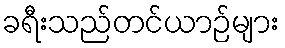
ခရီးသည်တင်ယာဉ်များ